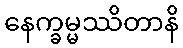
နေက္ခမ္မဿိတာနိ